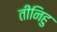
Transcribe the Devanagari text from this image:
तीनिहु